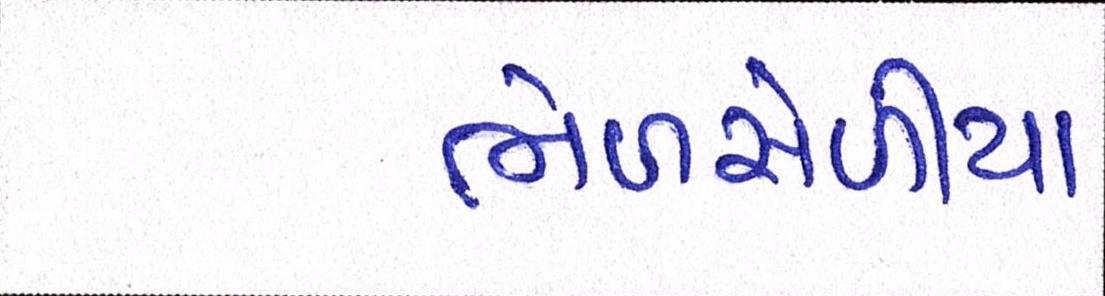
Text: ભેળસેળીયા